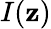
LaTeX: I(\mathbf{z})